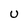
Character: u